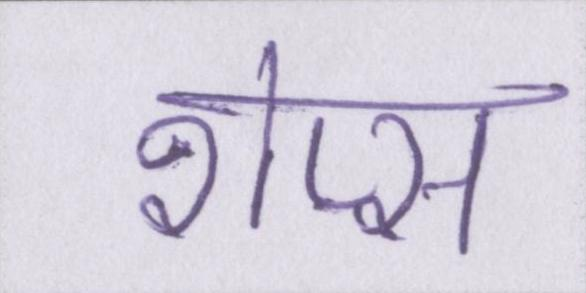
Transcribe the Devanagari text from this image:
शेप्स